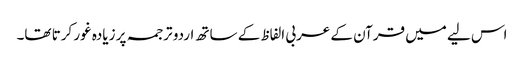
اس لیے میں قرآن کے عربی الفاظ کے ساتھ اردو ترجمہ پر زیادہ غور کرتا تھا۔